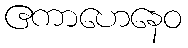
ဧကာဟေနေဝ